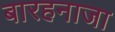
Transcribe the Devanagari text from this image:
बारहनाजा